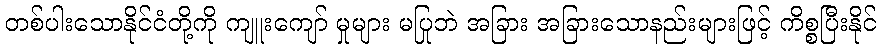
တစ်ပါးသောနိုင်ငံတို့ကို ကျူးကျော် မှုများ မပြုဘဲ အခြား အခြားသောနည်းများဖြင့် ကိစ္စပြီးနိုင်